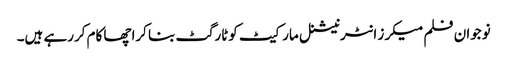
نوجوان فلم میکرز انٹرنیشنل مارکیٹ کوٹارگٹ بنا کراچھا کام کررہے ہیں۔